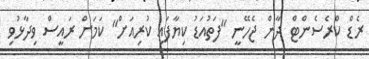
ރެޑް ކްރެސެންޓް ދާން ޖެހޭނީ "ފަތުއަޑު ކިޔާފައި ކުރިއަށް" ކަމަށް ރައީސް ވިދާޅުވި